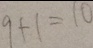
9 + 1 = 1 0